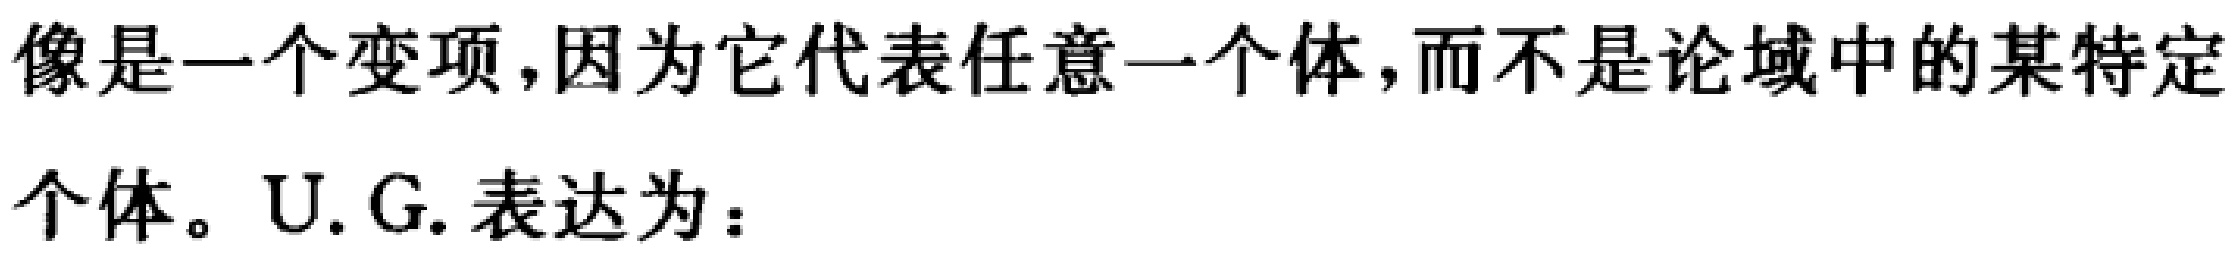
像是一个变项,因为它代表任意一个体,而不是论域中的某特定个体。U.G.表达为：